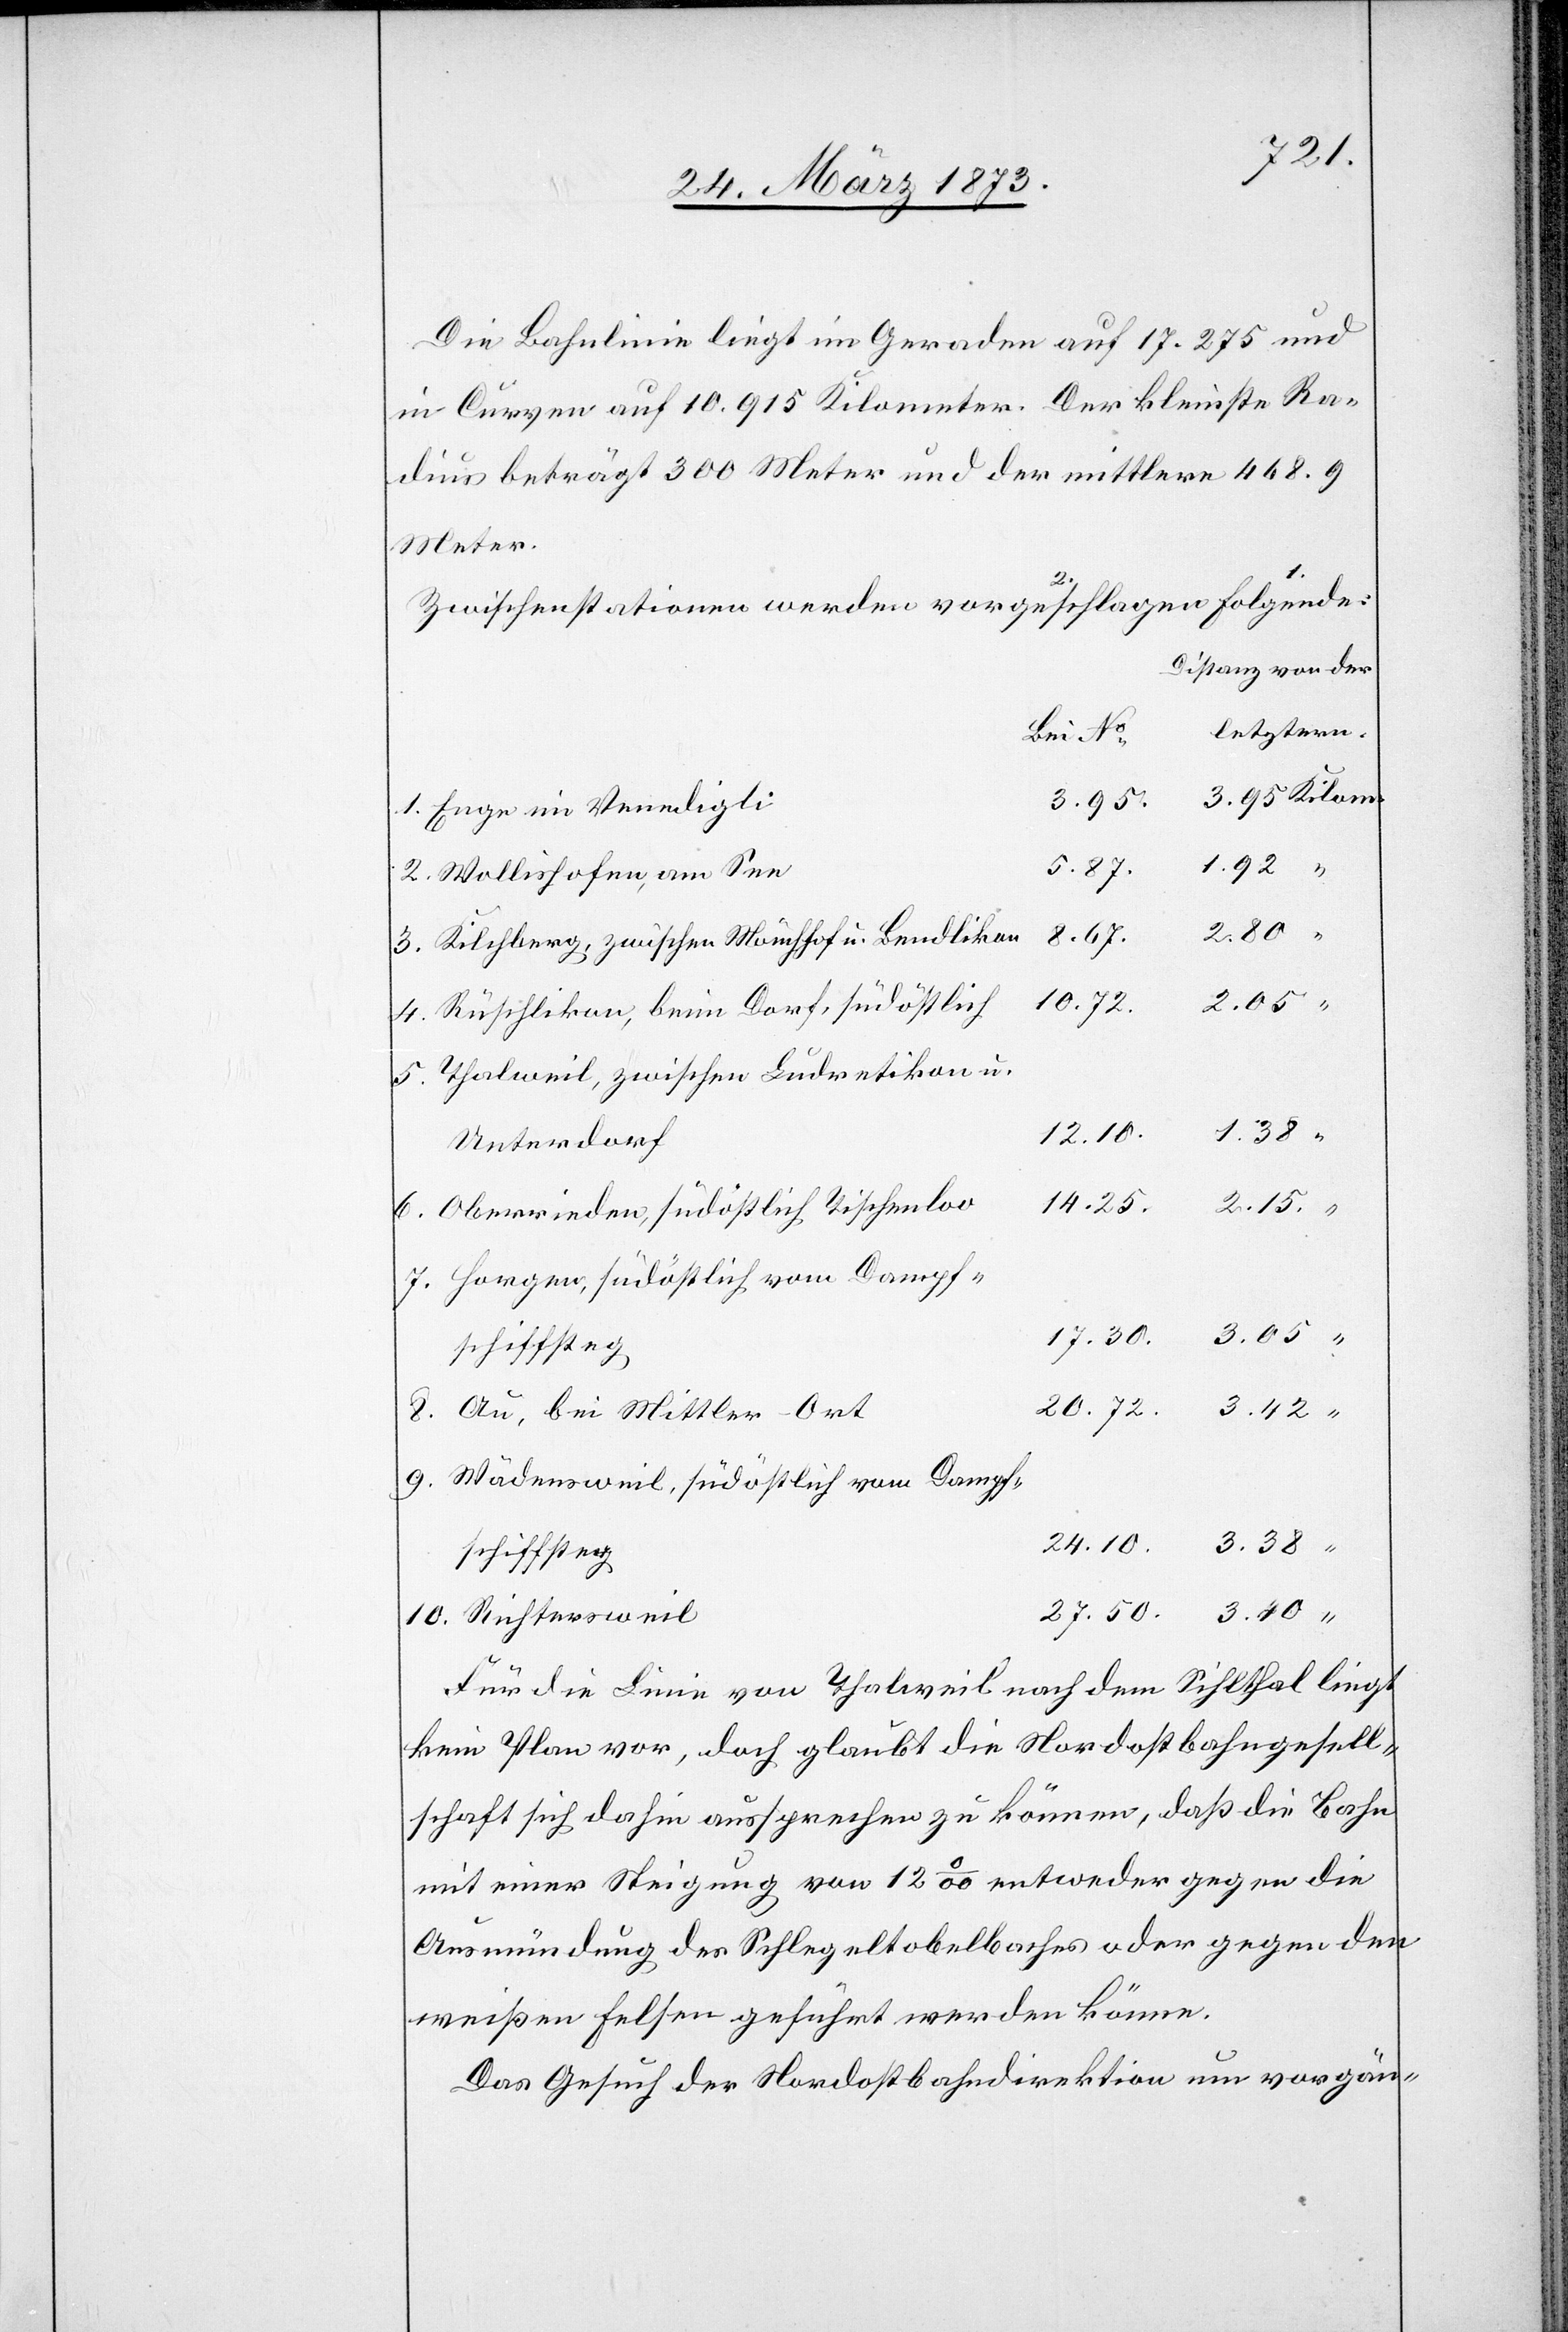
12.10.
Die Bahnlinie liegt im Geraden auf 17.275 und
in Curven auf 10.915 Kilometer. Der kleinste Ra¬
dius beträgt 300 Meter und der mittlere 568.9
Meter.
Zwischenstationen werden folgende vorgesc¬
Distanz von der
letztern:
Bei No.
3.95
1. Enge im Venedigli
3.40
2. Wollishofen, am See
3. Kilchberg, zwischen Mönchhof u. Bendlikon
4. Rüschlikon, beim Dorf, südöstlich
5. Thalweil, zwischen Ludretikon u.
Unterdorf
6. Oberrieden, südöstlich Tischenloo
7. Horgen, südöstlich vom Dampf¬
schiffsteg
8. Au, bei Mittler-Ort
9. Wädensweil, südöstlich vom Dampf¬
24.10.
3.38
10. Richtersweil
Für die Linie von Thalweil nach dem Sihlthal liegt
kein Plan vor, doch glaubt die Nordostbahngesell¬
schaft sich dahin aussprechen zu können, daß die Bahn
mit einer Steigung von 12‰ entweder gegen die
Ausmündung des Schlegeltobelbaches oder gegen den
weißen Felsen geführt werden könne.
Das Gesuch der Nordostbahndirektion um vorgän-